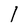
Character: l